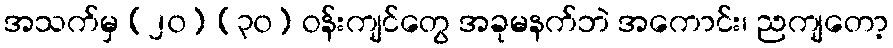
အသက်မှ (၂၀) (၃၀) ဝန်းကျင်တွေ အခုမနက်ဘဲ အကောင်း၊ ညကျတော့